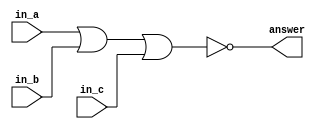
`timescale 1ns/1ns
module three_input_norer
(
    input in_a, 
    input in_b, 
    input in_c, 
    output answer
);
    nor(answer, in_a, in_b, in_c);

endmodule

module three_input_and
(
    input in_a,
    input in_b,
    input in_c,
    output answer
);
    three_input_norer n1(.in_a(in_a), .in_b(in_a), .in_c(in_a), .answer(x));
    three_input_norer n2(.in_a(in_b), .in_b(in_b), .in_c(in_b), .answer(y));
    three_input_norer n3(.in_a(in_c), .in_b(in_c), .in_c(in_c), .answer(z));
    three_input_norer n4(.in_a(x), .in_b(y), .in_c(z), .answer(answer));

endmodule

module three_input_and_tb;
    reg in_a;
    reg in_b;
    reg in_c;

    three_input_and A(.in_a(in_a), .in_b(in_b), .in_c(in_c), .answer(answer));

    initial
    begin
        $dumpfile("3inputand.vcd");
        $dumpvars(0, three_input_and_tb);
    end

    initial
    begin
        in_a = 1'b0;
        in_b = 1'b0;
        in_c = 1'b0;
        #20;
    
        in_a = 1'b0;
        in_b = 1'b0;
        in_c = 1'b1;
        #20;

        in_a = 1'b0;
        in_b = 1'b1;
        in_c = 1'b0;
        #20;

        in_a = 1'b0;
        in_b = 1'b1;
        in_c = 1'b1;
        #20;

        in_a = 1'b1;
        in_b = 1'b0;
        in_c = 1'b0;
        #20;

        in_a = 1'b1;
        in_b = 1'b0;
        in_c = 1'b1;
        #20;

        in_a = 1'b1;
        in_b = 1'b1;
        in_c = 1'b0;
        #20;

        in_a = 1'b1;
        in_b = 1'b1;
        in_c = 1'b1;
        #20;
    end

    initial
    begin
        $display("Three input AND:");
        $monitor("A = %d\tB = %d\tC = %d\tAandBandC = %d\t", in_a, in_b, in_c, answer);
    end

endmodule